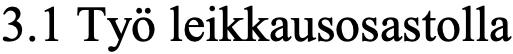
3.1 Työ leikkausosastolla